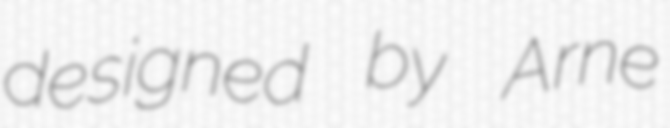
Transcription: designed by Arne